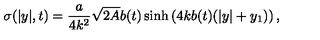
\sigma ( | y | , t ) = \frac { a } { 4 k ^ { 2 } } \sqrt { 2 A } b ( t ) \sinh \left( 4 k b ( t ) ( | y | + y _ { 1 } ) \right) ,